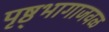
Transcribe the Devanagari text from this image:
पृष्ठ्भागाजवळ